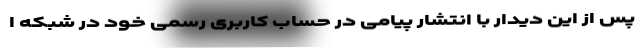
پس از این دیدار با انتشار پیامی در حساب کاربری رسمی خود در شبکه ا